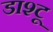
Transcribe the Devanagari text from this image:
डाश्टू